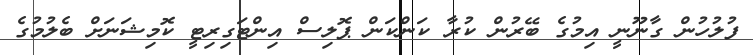
ފުލުހުން ގާނޫނީ އިމުގެ ބޭރުން ކުރާ ކަންކަން ޕޮލިސް އިންޓަގިރިޓީ ކޮމިޝަނަށް ބެލުމުގެ